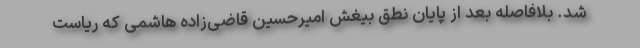
شد. بلافاصله بعد از پایان نطق بیغش امیرحسین قاضی‌زاده هاشمی که ریاست